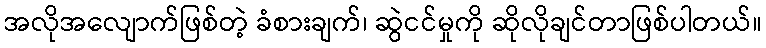
အလိုအလျောက်ဖြစ်တဲ့ ခံစားချက်၊ ဆွဲငင်မှုကို ဆိုလိုချင်တာဖြစ်ပါတယ်။